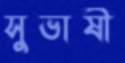
সুভাষী